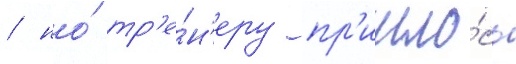
/ но́ тр'е́н'еру пр'ишло́сь